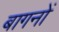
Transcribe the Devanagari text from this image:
बागनों